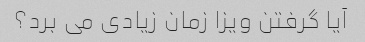
آیا گرفتن ویزا زمان زیادی می برد؟